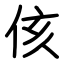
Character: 侅